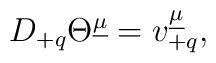
D_{+q} \Theta^{\underline{\mu}} =v^{\underline{\mu}}_{+q} ,